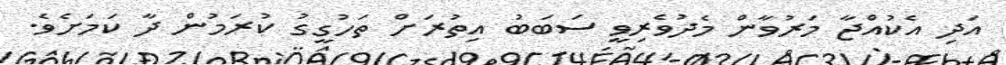
އަދި އެކުއްޖާ މަރުވާން މެދުވެރިވީ ސަބަބު އިތުރަށް ތަހުގީގު ކުރަމުން ދާ ކަމަށެވެ.